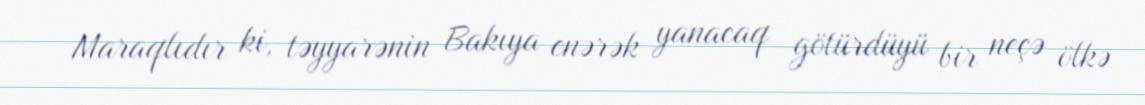
Maraqlıdır ki, təyyarənin Bakıya enərək yanacaq götürdüyü bir neçə ölkə